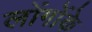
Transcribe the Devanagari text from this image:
लोंगोंके